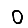
Digit: 0